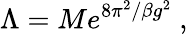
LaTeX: \Lambda=Me^{8\pi^{2}/\beta g^{2}}\ ,